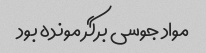
مواد جوسی برگر مونده بود